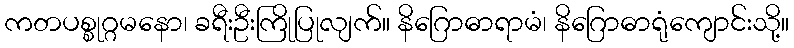
ကတပစ္စုဂ္ဂမနော၊ ခရီးဦးကြိုပြုလျက်။ နိဂြောဓာရာမံ၊ နိဂြောဓာရုံကျောင်းသို့။